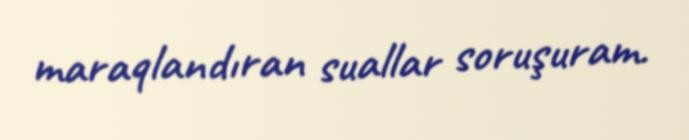
maraqlandıran suallar soruşuram.